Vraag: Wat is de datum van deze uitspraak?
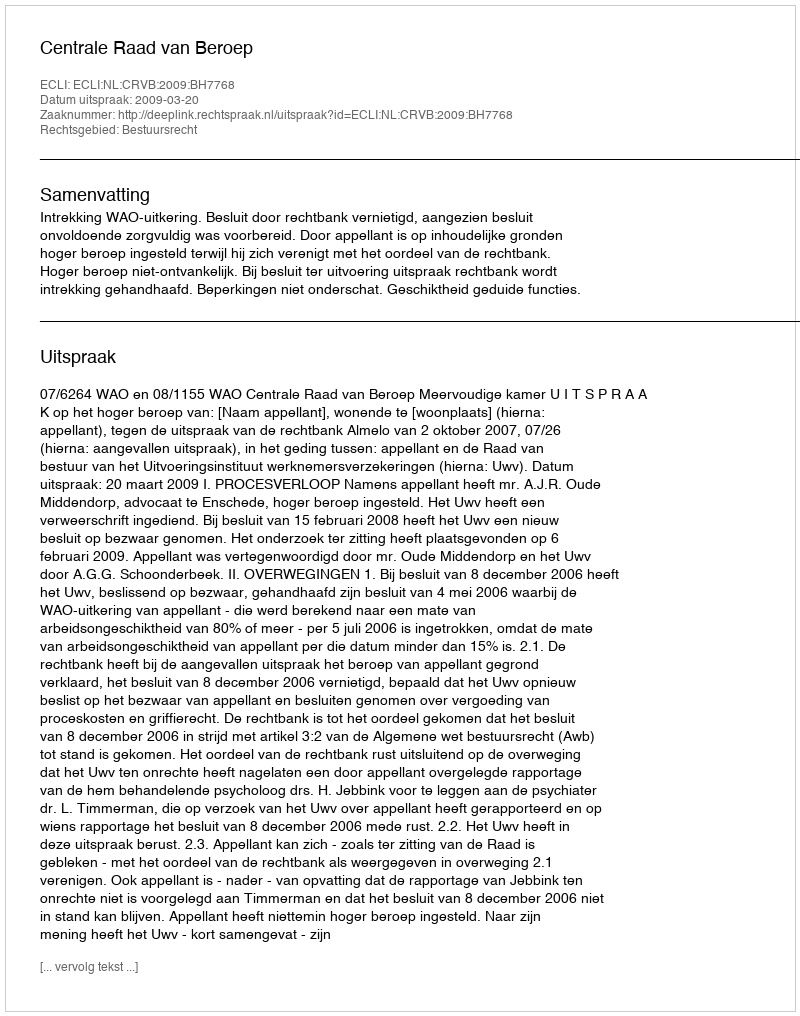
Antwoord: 2009-03-20